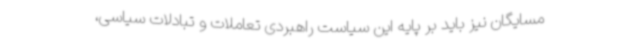
مسایگان نیز باید بر پایه این سیاست راهبردی تعاملات و تبادلات سیاسی،